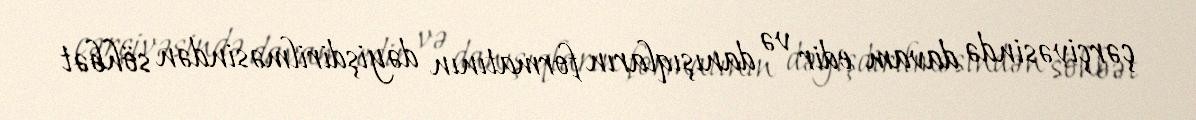
çərçivəsində davam edir və danışıqların formatının dəyişdirilməsindən söhbət